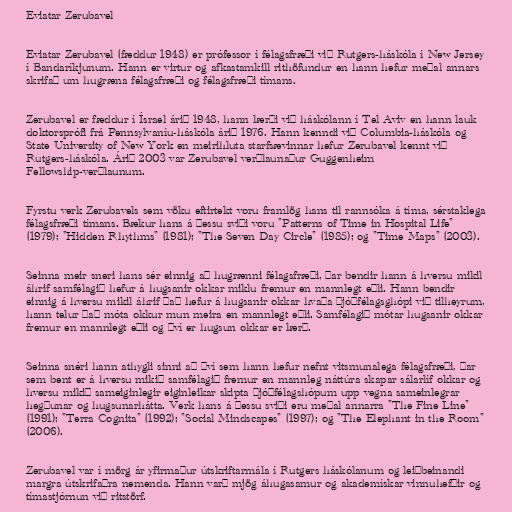
Eviatar Zerubavel

Eviatar Zerubavel (fæddur 1948) er prófessor í félagsfræði við Rutgers-háskóla í New Jersey
í Bandaríkjunum. Hann er virtur og afkastamkill rithöfundur en hann hefur meðal annars
skrifað um hugræna félagsfræði og félagsfræði tímans.

Zerubavel er fæddur í Ísrael árið 1948, hann lærði við háskólann í Tel Aviv en hann lauk
doktorsprófi frá Pennsylvaníu-háskóla árið 1976. Hann kenndi við Columbia-háskóla og
State University of New York en meirihluta starfsævinnar hefur Zerubavel kennt við
Rutgers-háskóla. Árið 2003 var Zerubavel verðlaunaður Guggenheim
Fellowship-verðlaunum.

Fyrstu verk Zerubavels sem vöku eftirtekt voru framlög hans til rannsóka á tíma, sérstaklega
félagsfræði tímans. Bækur hans á þessu sviði voru "Patterns of Time in Hospital Life"
(1979); "Hidden Rhythms" (1981); "The Seven Day Circle" (1985); og "Time Maps" (2003).

Seinna meir sneri hans sér einnig að hugrænni félagsfræði, þar bendir hann á hversu mikil
áhrif samfélagið hefur á hugsanir okkar miklu fremur en mannlegt eðli. Hann bendir
einnig á hversu mikil áhrif það hefur á hugsanir okkar hvaða þjóðfélagsghópi við tilheyrum,
hann telur það móta okkur mun meira en mannlegt eðli. Samfélagið mótar hugsanir okkar
fremur en mannlegt eðli og því er hugsun okkar er lærð.

Seinna snéri hann athygli sinni að því sem hann hefur nefnt vitsmunalega félagsfræði, þar
sem bent er á hversu mikið samfélagið fremur en mannleg náttúra skapar sálarlíf okkar og
hversu mikið sameiginlegir eiginleikar skipta þjóðfélagshópum upp vegna sameinlegrar
hegðunar og hugsunarhátta. Verk hans á þessu sviði eru meðal annarra "The Fine Line"
(1991); "Terra Cognita" (1992); "Social Mindscapes" (1997); og "The Elephant in the Room"
(2006).

Zerubavel var í mörg ár yfirmaður útskriftarmála í Rutgers háskólanum og leiðbeinandi
margra útskrifaðra nemenda. Hann varð mjög áhugasamur og akademískar vinnuhefðir og
tímastjórnun við ritstörf.